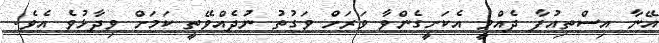
އޭނާ އިސްތިއުފާ ދެއްވީ އެކަށީގެންވާ ވަރަށް ވަގުތު ނުދެއްވޭތީ ކަމަށް ވިދާޅުވެ އެވެ.